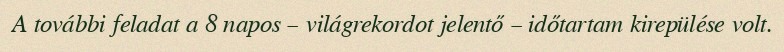
A további feladat a 8 napos – világrekordot jelentő – időtartam kirepülése volt.